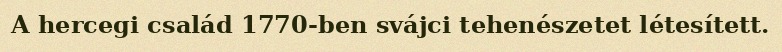
A hercegi család 1770-ben svájci tehenészetet létesített.